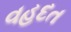
વહદત